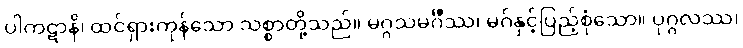
ပါကဋာနိ၊ ထင်ရှားကုန်သော သစ္စာတို့သည်။ မဂ္ဂသမင်္ဂီဿ၊ မဂ်နှင့်ပြည့်စုံသော။ ပုဂ္ဂလဿ၊